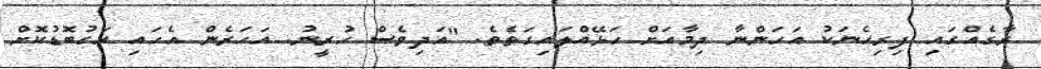
ރާގެއްގައި ފިރިހެނަކު އަހަންނާ ދިމާއަށް ހަޅޭއްލައިގަތެވެ. "އަދިވެސް ހުރީނު. އަހަރެން އެހައި އަގުބޮޑުކޮށް